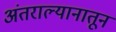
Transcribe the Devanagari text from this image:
अंतराल्यानातून